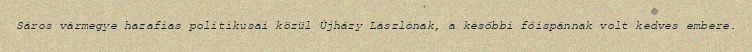
Sáros vármegye hazafias politikusai közül Újházy Lászlónak, a későbbi főispánnak volt kedves embere.